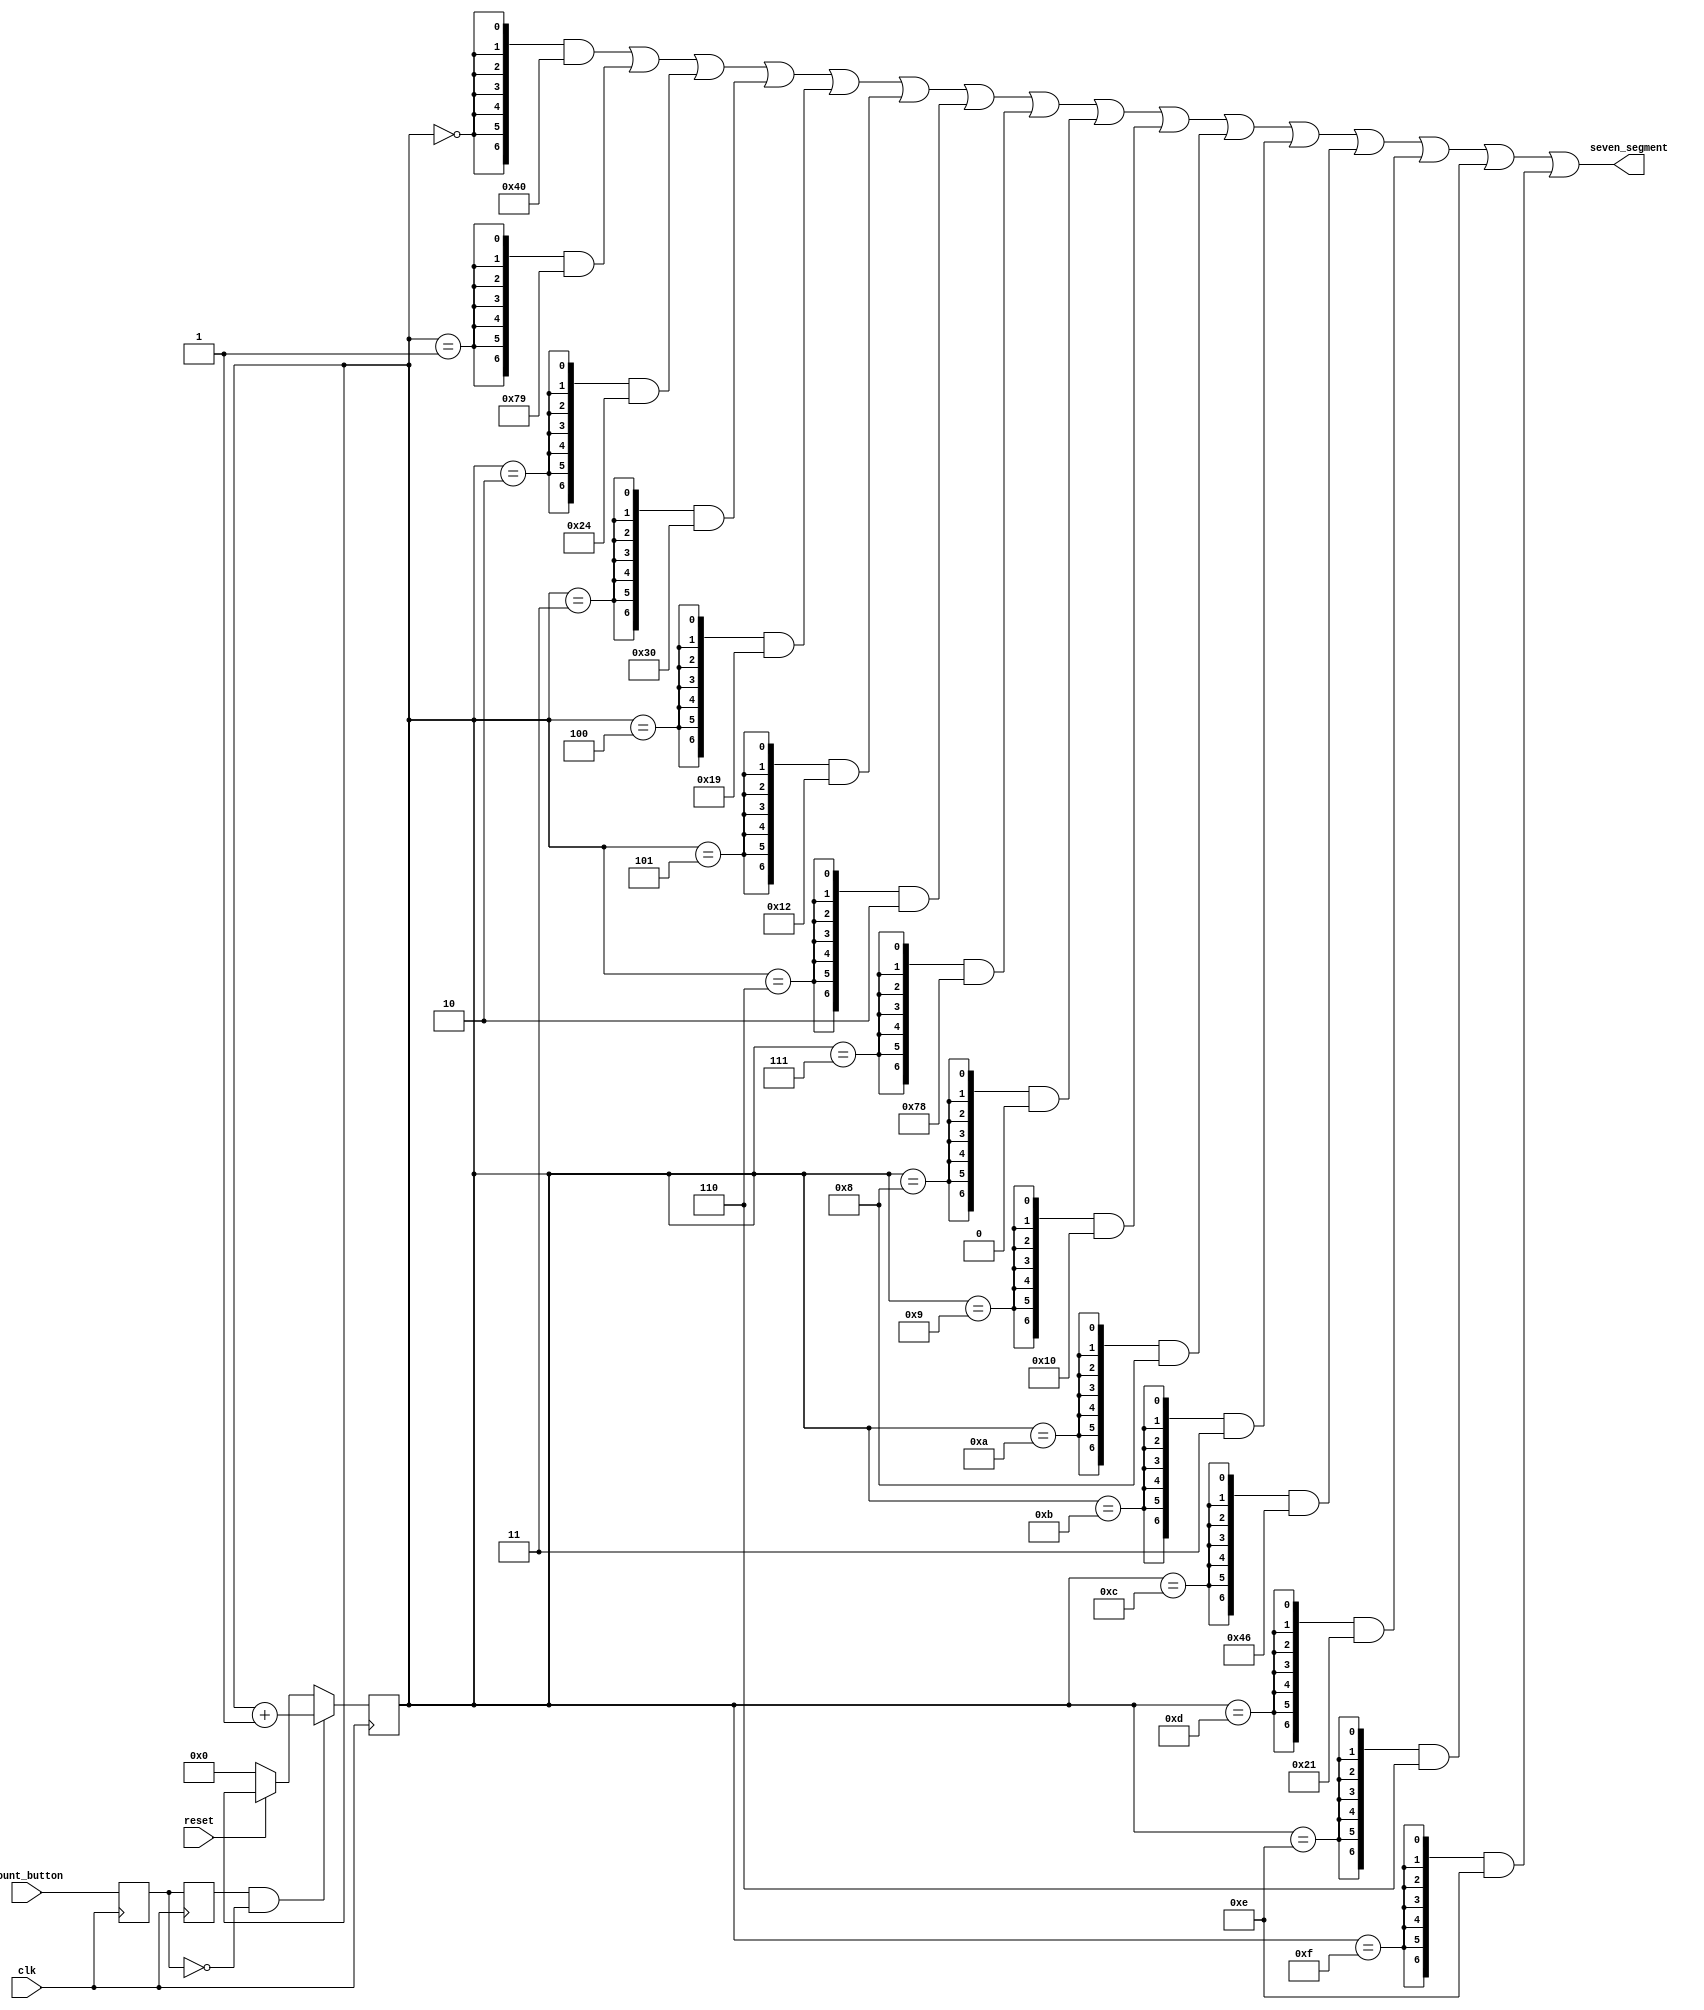
module task1 (
    input clk,
    input reset, // KEY0
    input count_button, // KEY1
    output [6:0] seven_segment
);

reg [3:0] hex;
reg but_r;
reg but_rr;
assign push = but_rr&(~but_r); //  




always @(posedge clk) begin
    but_r <= count_button;
    but_rr <= but_r;

    if (reset == 0) begin
        hex <= 1'h0;
    end

    if (push == 1) begin
        hex <= hex + 1;
    end
end

assign seven_segment =  {7{hex == 0}} & ~7'b0111111 |
                        {7{hex == 1}} & ~7'b0000110 |
                        {7{hex == 2}} & ~7'b1011011 |
                        {7{hex == 3}} & ~7'b1001111 |
                        {7{hex == 4}} & ~7'b1100110 |
                        {7{hex == 5}} & ~7'b1101101 |
                        {7{hex == 6}} & ~7'b1111101 |
                        {7{hex == 7}} & ~7'b0000111 |
                        {7{hex == 8}} & ~7'b1111111 |
                        {7{hex == 9}} & ~7'b1101111 |
                        {7{hex == 4'ha}} & ~7'b1110111 |
                        {7{hex == 4'hb}} & ~7'b1111100 |
                        {7{hex == 4'hc}} & ~7'b0111001 |
                        {7{hex == 4'hd}} & ~7'b1011110 |
                        {7{hex == 4'he}} & ~7'b1111001 |
                        {7{hex == 4'hf}} & ~7'b1110001;
endmodule